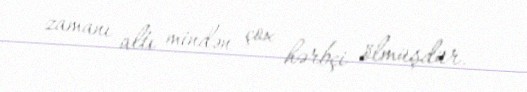
zamanı altı mindən çox hərbçi ölmüşdür.